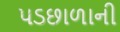
પડછાળાની